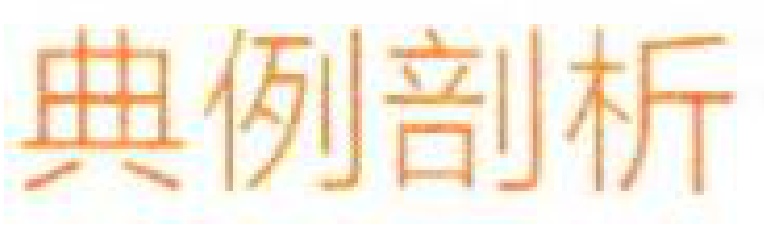
典例剖析